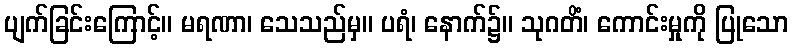
ပျက်ခြင်းကြောင့်။ မရဏာ၊ သေသည်မှ။ ပရံ၊ နောက်၌။ သုဂတိံ၊ ကောင်းမှုကို ပြုသော